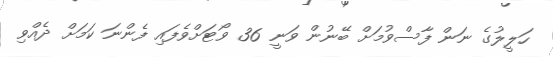
ހަލީލުގެ ނަން ފާސްވުމަށް ބޭނުން ވަނީ 36 ވޯޓަށްވެފައި ފެންނަ ކަމަށް ދެއްވި